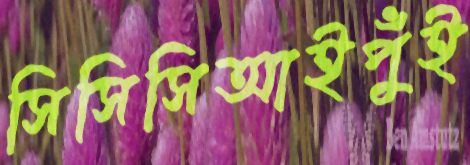
সিসিসিআইপুঁই